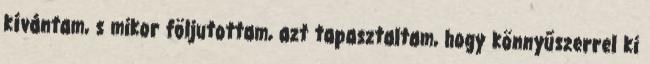
kívántam, s mikor följutottam, azt tapasztaltam, hogy könnyűszerrel ki